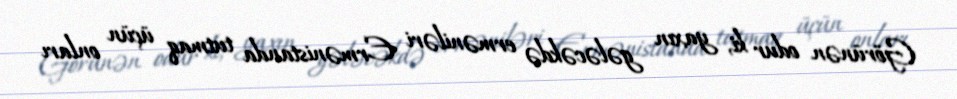
Görünən odur ki, yaxın gələcəkdə erməniləri Ermənistanda tutmaq üçün onları